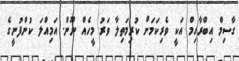
ގާސިމް އިބްރާހިމް އަކީ ވެރިކަމަށް ކުރިމަތިލާ ވަރު މީހެއް ނޫން. އަމިއްލަ ކުންފުނީގެ